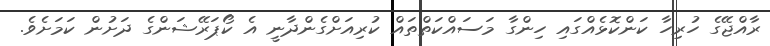
ރާއްޖޭގެ ހުރިހާ ކަންކޮޅެއްގައި ހިންގާ މަސައްކަތްތައް ކުރިއަށްގެންދާނީ އެ ކޯޕަރޭޝަންގެ ދަށުން ކަމަށެވެ.